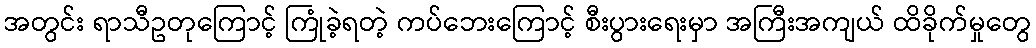
အတွင်း ရာသီဥတုကြောင့် ကြုံခဲ့ရတဲ့ ကပ်ဘေးကြောင့် စီးပွားရေးမှာ အကြီးအကျယ် ထိခိုက်မှုတွေ